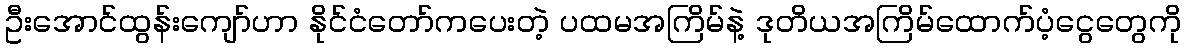
ဦးအောင်ထွန်းကျော်ဟာ နိုင်ငံတော်ကပေးတဲ့ ပထမအကြိမ်နဲ့ ဒုတိယအကြိမ်ထောက်ပံ့ငွေတွေကို